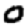
Digit: 0